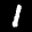
Label: 1